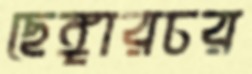
ছেঙ্গারচর